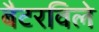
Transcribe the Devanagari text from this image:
बैटरविले